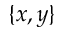
\{ x , y \}